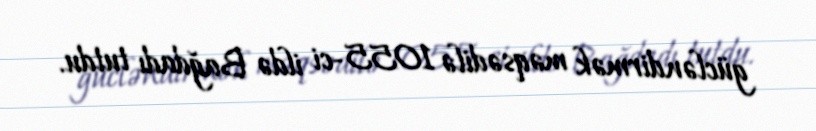
gücləndirmək məqsədilə 1055-ci ildə Bağdadı tutdu.